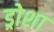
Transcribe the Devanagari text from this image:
ड्रोशा